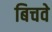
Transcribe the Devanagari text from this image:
बिचवे